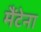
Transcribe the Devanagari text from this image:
मैंटेना